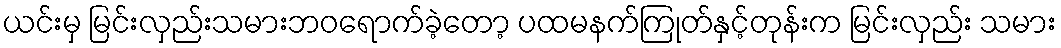
ယင်းမှ မြင်းလှည်းသမားဘဝရောက်ခဲ့တော့ ပထမနက်ကြုတ်နှင့်တုန်းက မြင်းလှည်း သမား